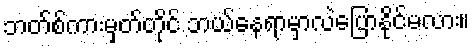
ဘတ်စ်ကားမှတ်တိုင် ဘယ်နေရာမှာလဲပြောနိုင်မလား။